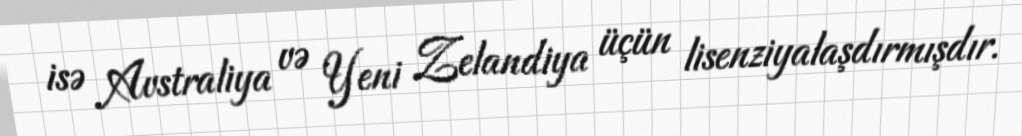
isə Avstraliya və Yeni Zelandiya üçün lisenziyalaşdırmışdır.